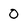
Character: 0